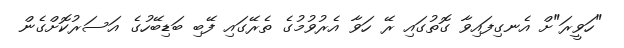
"ހަވީރަ"ށް އެނގިފައިވާ ގޮތުގައި ރޭ ހަވާ އެރުވުމުގެ ތެރޭގައި ފޭބި ބަޑިބޭހުގެ އަސަރުކޮށްގެން